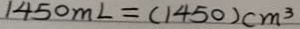
1 4 5 0 m L = ( 1 4 5 0 ) c m ^ { 3 }